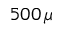
5 0 0 \, \mu